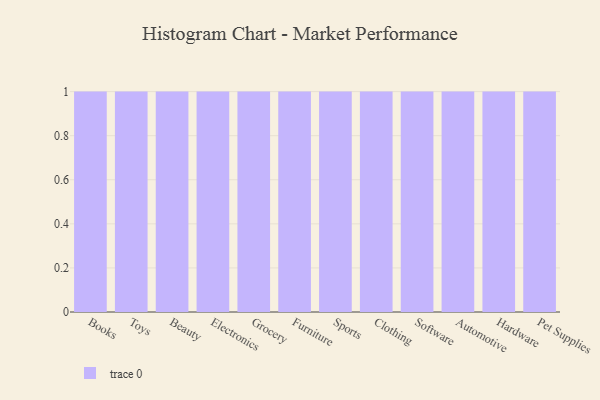
{"axis": {"x": "Category", "y": "Bounce Rate (%)"}, "legend": [""], "data": [{"x": "Books", "y": 13, "type": ""}, {"x": "Toys", "y": 66, "type": ""}, {"x": "Beauty", "y": 97, "type": ""}, {"x": "Electronics", "y": 68, "type": ""}, {"x": "Grocery", "y": 76, "type": ""}, {"x": "Furniture", "y": 22, "type": ""}, {"x": "Sports", "y": 13, "type": ""}, {"x": "Clothing", "y": 2, "type": ""}, {"x": "Software", "y": 58, "type": ""}, {"x": "Automotive", "y": 30, "type": ""}, {"x": "Hardware", "y": 38, "type": ""}, {"x": "Pet Supplies", "y": 42, "type": ""}]}